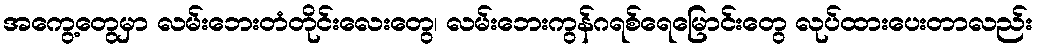
အကွေ့တွေမှာ လမ်းဘေးတံတိုင်းလေးတွေ၊ လမ်းဘေးကွန်ဂရစ်ရေမြောင်းတွေ လုပ်ထားပေးတာလည်း